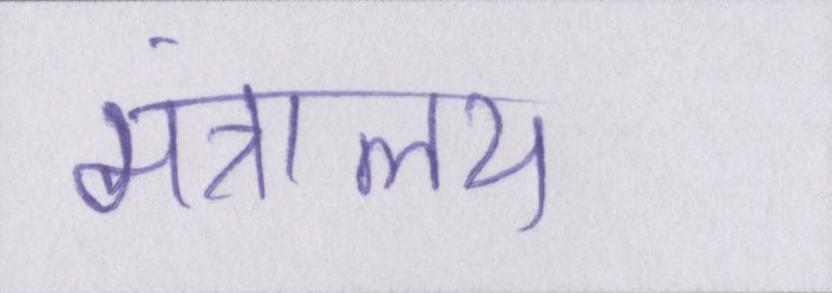
मंत्रालय